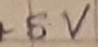
Text: +5V